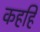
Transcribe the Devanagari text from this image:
कहहिं